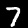
Digit: 7